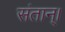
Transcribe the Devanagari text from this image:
संतान्।